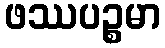
ဖဿပဉ္စမာ